Insane asylums Bombay 1873-77 - 1873-1877
Year: 1873
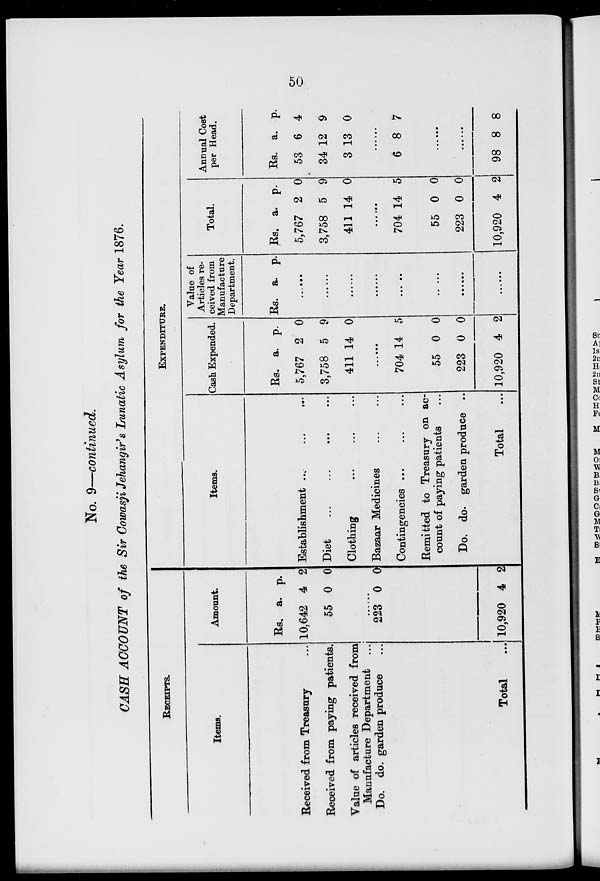
50
No. 9—continued.
CASH ACCOUNT of the Sir Cowasji Jehangir's Lunatic Asylum for the Year 1876.
RECEIPTS.
Items.
Received from Treasury ...
Received from paying patients.
Value of articles received from
Manufacture Department ...
Do. do. garden produce ...
Total ...
Amount.
Rs.
10,642
55
223
10,920
a.
4
0
0
4
p.
2
0
0
2
EXPENDITURE.
Items.
Establishment ... ... ...
Diet ... ... ... ...
Clothing ... ... ...
Bazaar Medicines ... ...
Contingencies ... ... ...
Remitted to Treasury on ac-
count of paying patients ...
Do. do. garden produce ...
Total ...
Cash Expended.
Rs.
5,767
3,758
411
a.
2
5
14
p.
0
9
0
......
704
55
223
10,920
14
0
0
4
5
0
0
2
Value of
Articles re-
ceived from
Manufacture
Department.
Rs. a.
p.
......
......
......
......
......
......
......
......
Total.
Rs.
5,767
3,758
411
a.
2
5
14
0
9
0
......
704
55
223
10,920
14
0
0
4
5
0
0
2
Annual Cost
per Head.
Rs.
53
34
3
a.
6
12
13
p.
4
9
0
......
6 8 7
......
......
98 8 8